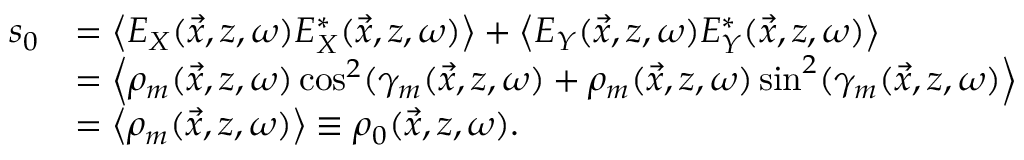
\begin{array} { r l } { s _ { 0 } } & { = \left\langle E _ { X } ( \vec { x } , z , \omega ) E _ { X } ^ { * } ( \vec { x } , z , \omega ) \right\rangle + \left\langle E _ { Y } ( \vec { x } , z , \omega ) E _ { Y } ^ { * } ( \vec { x } , z , \omega ) \right\rangle } \\ & { = \left\langle \rho _ { m } ( \vec { x } , z , \omega ) \cos ^ { 2 } ( \gamma _ { m } ( \vec { x } , z , \omega ) + \rho _ { m } ( \vec { x } , z , \omega ) \sin ^ { 2 } ( \gamma _ { m } ( \vec { x } , z , \omega ) \right\rangle } \\ & { = \left\langle \rho _ { m } ( \vec { x } , z , \omega ) \right\rangle \equiv \rho _ { 0 } ( \vec { x } , z , \omega ) . } \end{array}